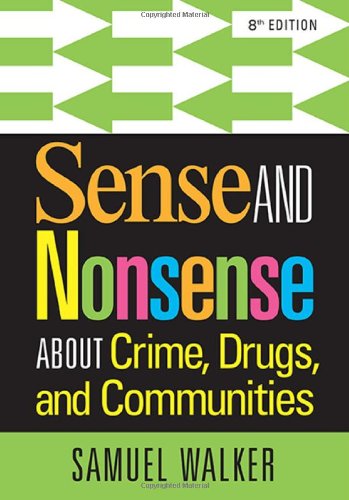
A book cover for Sense and Nonsense About Crime, Drugs, and Communities; Samuel Walker; Law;